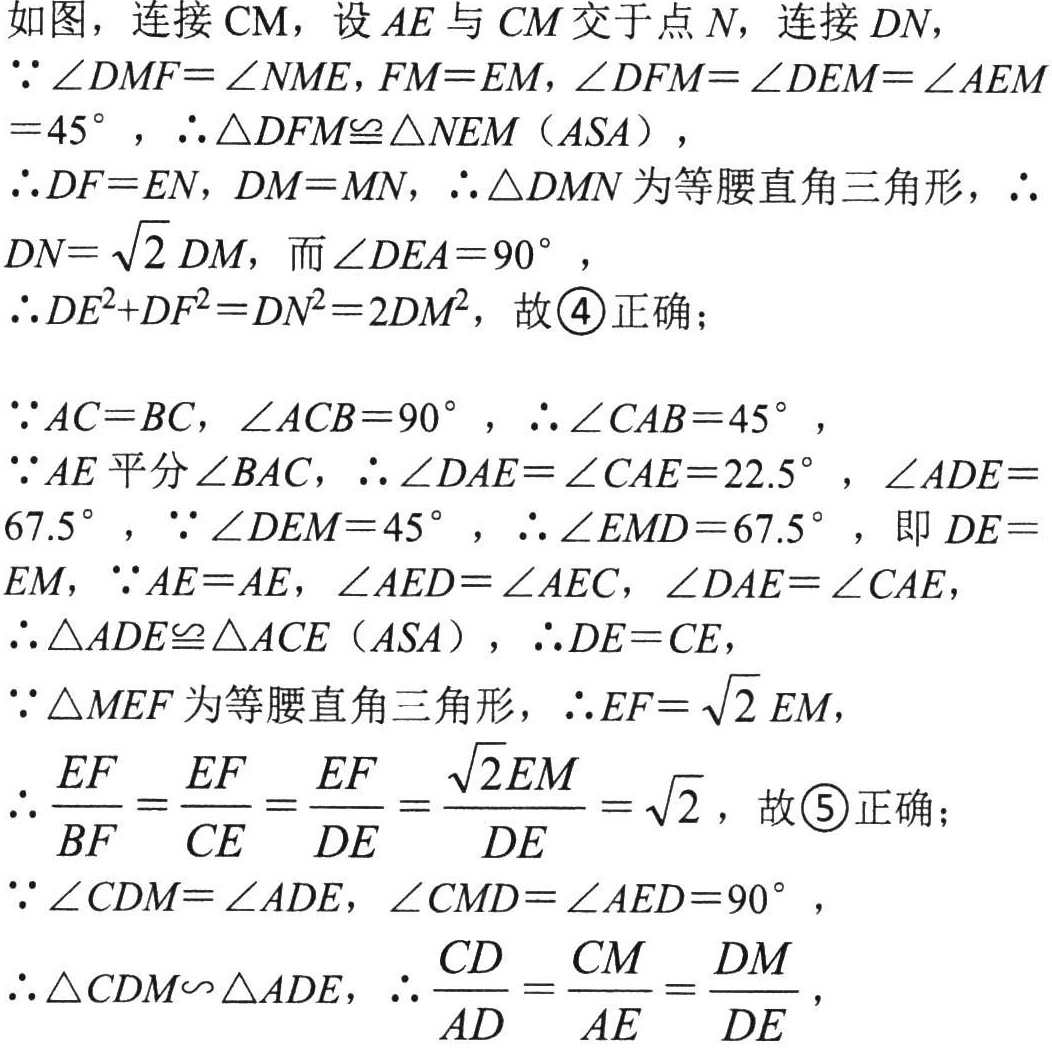
如图，连接\(CM\)，设\(AE\)与\(CM\)交于点\(N\)，连接\(DN\)，
\(\because\angle DMF=\angle NME,FM = EM,\angle DFM=\angle DEM=\angle AEM = 45^{\circ}\)，\(\therefore\triangle DFM\cong\triangle NEM\)（\(ASA\)），
\(\therefore DF = EN,DM = MN\)，\(\therefore\triangle DMN\)为等腰直角三角形，\(\therefore DN=\sqrt{2}DM\)，而\(\angle DEA = 90^{\circ}\)，
\(\therefore DE^{2}+DF^{2}=DN^{2}=2DM^{2}\)，故\(\textcircled{4}\)正确；
\(\because AC = BC,\angle ACB = 90^{\circ}\)，\(\therefore\angle CAB = 45^{\circ}\)，
\(\because AE\)平分\(\angle BAC\)，\(\therefore\angle DAE=\angle CAE = 22.5^{\circ}\)，\(\angle ADE = 67.5^{\circ}\)，\(\because\angle DEM = 45^{\circ}\)，\(\therefore\angle EMD = 67.5^{\circ}\)，即\(DE = EM\)，\(\because AE = AE,\angle AED=\angle AEC,\angle DAE=\angle CAE\)，
\(\therefore\triangle ADE\cong\triangle ACE\)（\(ASA\)），\(\therefore DE = CE\)，
\(\because\triangle MEF\)为等腰直角三角形，\(\therefore EF=\sqrt{2}EM\)，
\(\therefore\frac{EF}{BF}=\frac{EF}{CE}=\frac{EF}{DE}=\frac{\sqrt{2}EM}{DE}=\sqrt{2}\)，故\(\textcircled{5}\)正确；
\(\because\angle CDM=\angle ADE,\angle CMD=\angle AED = 90^{\circ}\)，
\(\therefore\triangle CDM\backsim\triangle ADE\)，\(\therefore\frac{CD}{AD}=\frac{CM}{AE}=\frac{DM}{DE}\)，